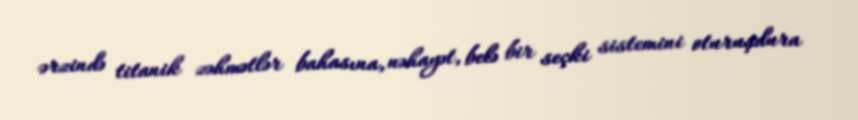
ərzində titanik zəhmətlər bahasına, nəhayət, belə bir seçki sistemini oturuşdura